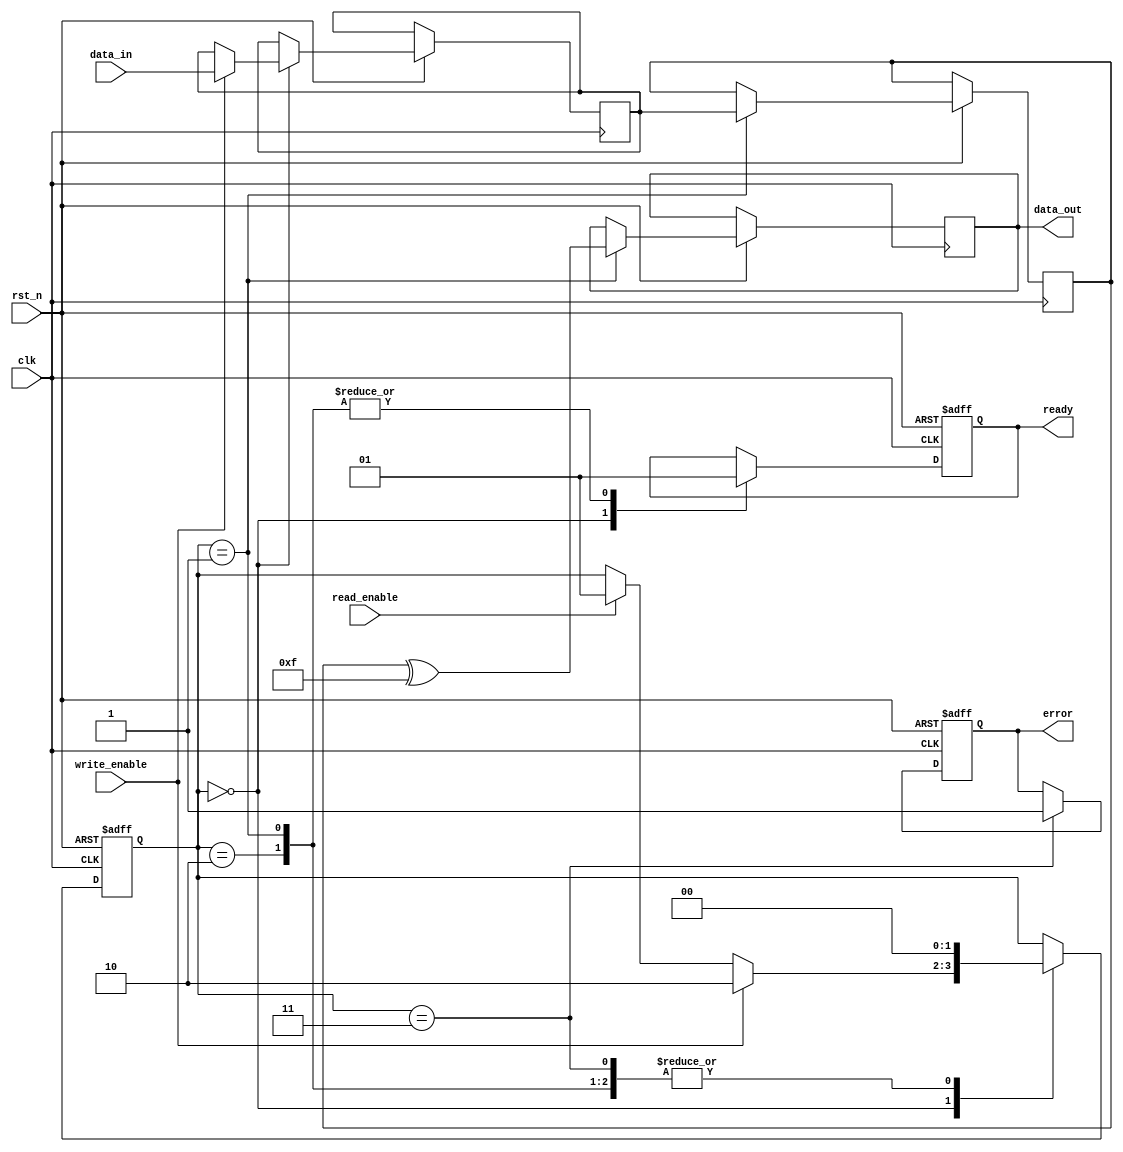
module mlc_nand_io_block (
    input wire clk,                     // Clock signal
    input wire rst_n,                   // Active low reset
    input wire [3:0] data_in,           // Input data (4 bits for 2 bits per cell)
    input wire read_enable,              // Read enable signal
    input wire write_enable,             // Write enable signal
    output reg [3:0] data_out,           // Output data
    output reg ready,                    // Ready signal for data transfer
    output reg error                     // Error signal
);

// Data Latches
reg [3:0] data_latch;

// Sense Amplifiers
reg [3:0] sense_amp;

// Control Logic
reg [1:0] state;                       // State machine for control logic
localparam IDLE = 2'b00,
           READ = 2'b01,
           WRITE = 2'b10,
           ERROR = 2'b11;

// Error Correction Code (ECC) Logic
function [3:0] ecc_correct(input [3:0] data);
    // Simple parity check for demonstration
    ecc_correct = data ^ 4'b1111; // Example ECC operation
endfunction

// I/O Pad Interface (Voltage Level Shifter)
wire [3:0] io_pad;
assign io_pad = data_out; // Connect output data to I/O pad

// State Machine for Control Logic
always @(posedge clk or negedge rst_n) begin
    if (!rst_n) begin
        state <= IDLE;
        ready <= 1'b0;
        error <= 1'b0;
    end else begin
        case (state)
            IDLE: begin
                ready <= 1'b0;
                if (write_enable) begin
                    data_latch <= data_in; // Capture input data
                    state <= WRITE;
                end else if (read_enable) begin
                    state <= READ;
                end
            end
            
            WRITE: begin
                // Simulate write operation
                // Here you would typically include logic to write to NAND cells
                ready <= 1'b1;
                state <= IDLE;
            end
            
            READ: begin
                // Simulate read operation
                // Here you would typically include logic to read from NAND cells
                sense_amp <= data_latch; // Simulate sense amplifier operation
                data_out <= ecc_correct(sense_amp); // Apply ECC
                ready <= 1'b1;
                state <= IDLE;
            end
            
            ERROR: begin
                error <= 1'b1; // Set error signal
                state <= IDLE;
            end
            
            default: state <= IDLE;
        endcase
    end
end

endmodule